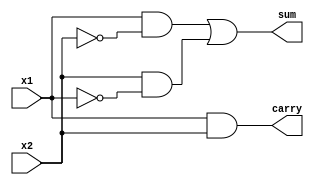

// Generated by Cadence Encounter(R) RTL Compiler RC11.10 - v11.10-p005_1

// Verification Directory fv/vga_vtim 

module top(x1, x2, sum, carry);
  input x1, x2;
  output sum, carry;
  wire n_01, n_02, n_03, n_04, sum, carry;
  not g0 (n_01, x1);
  not g1 (n_02, x2);
  and g2 (n_03, x1, n_02);
  and g3 (n_04, x2, n_01);
  or  g4 (sum, n_03, n_04);
  and g5 (carry, x1, x2);
endmodule